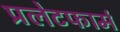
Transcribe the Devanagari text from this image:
प्रलेटफार्म